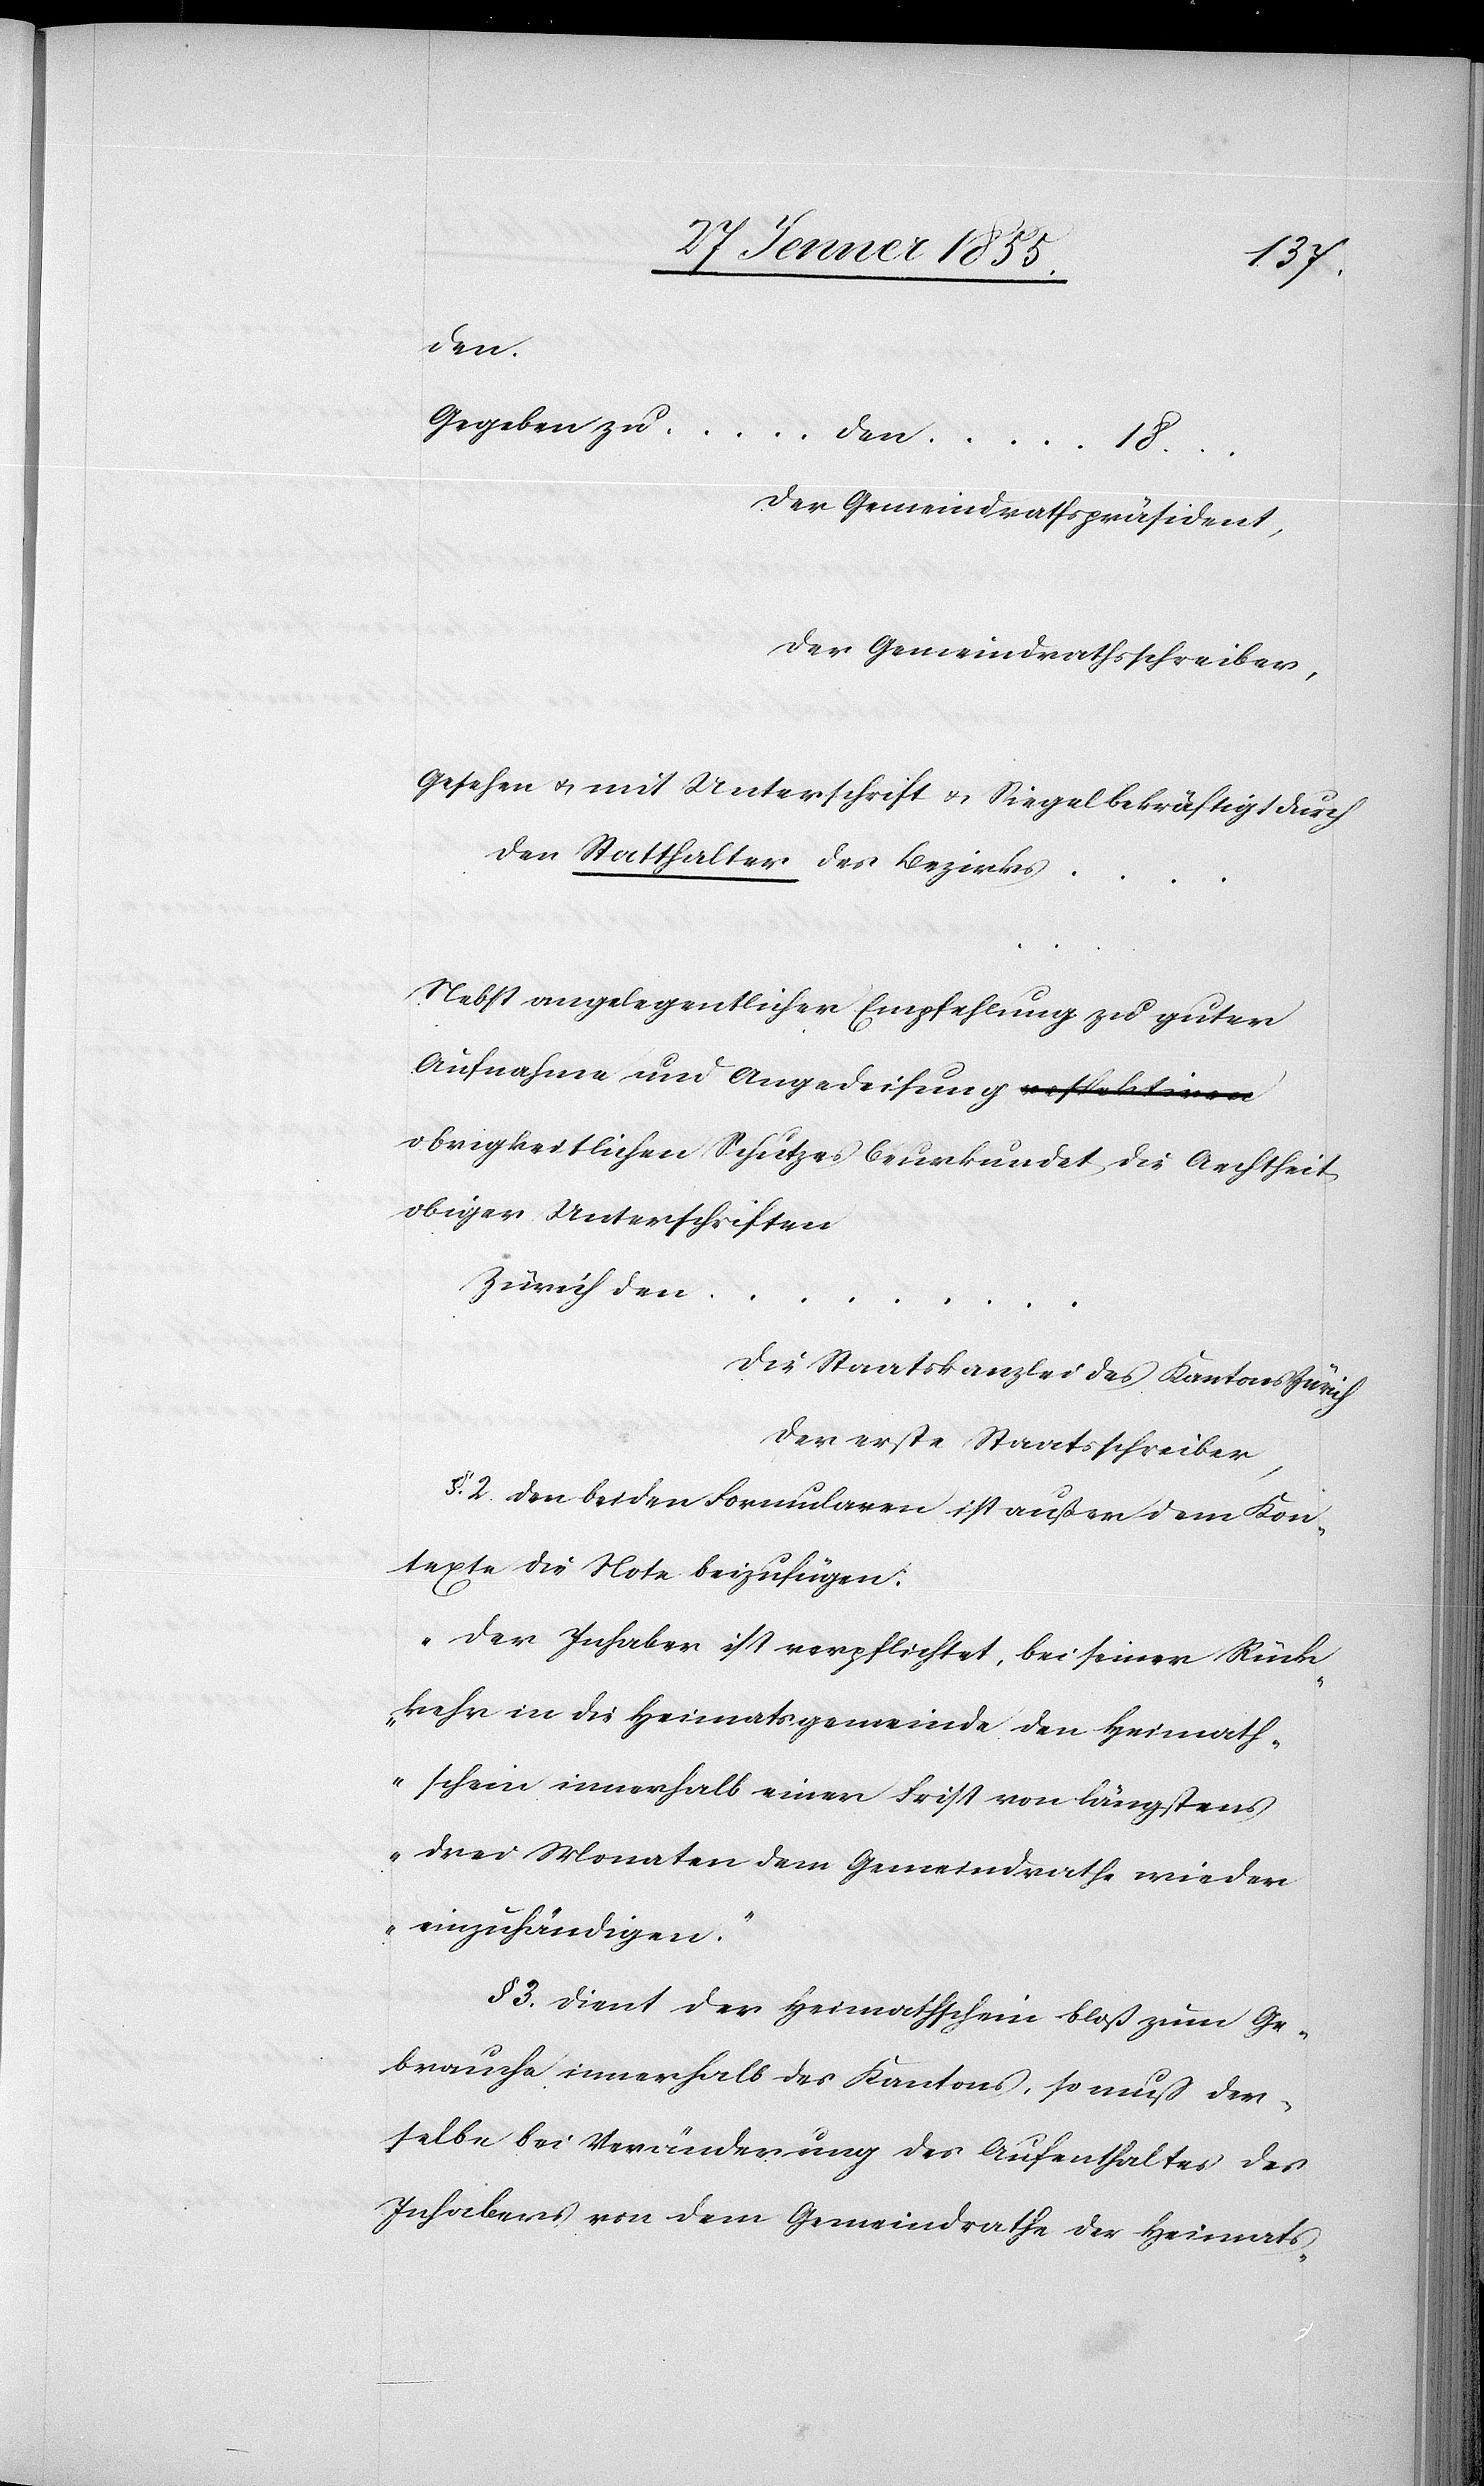
den.
Gegeben zu … den … 18…
Der Gemeindrathspräsident,
Der Gemeindrathsschreiber,
Gesehen & mit Unterschrift & Siegel bekräftigt durch
den Statthalter des Bezirks …
Nebst angelegentlicher Empfehlung zu guter
Aufnahme und Angedeihung a-respektiven-a
obrigkeitlichen Schutzes beurkundet die Aechtheit
obiger Unterschriften
Zürich den
Die Staatskanzlei des Kantons Zürich
Der erste Staatsschreiber,
§. 2. Den beiden Formularen ist außer dem Kon¬
texte die Note beizufügen:
„Der Inhaber ist verpflichtet, bei seiner Rück¬
kehr in die Heimatsgemeinde den Heimath¬
schein innerhalb einer Frist von längstens
drei Monaten dem Gemeindrathe wieder
einzuhändigen.“
§ 3. Dient der Heimathschein bloß zum Ge¬
brauche innerhalb des Kantons, so muss der¬
selbe bei Veränderung des Aufenthaltes des
Inhabers von dem Gemeindrathe der Heimats-